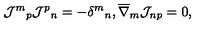
{ \mathcal { J } ^ { m } } _ { p } { \mathcal { J } ^ { p } } _ { n } = - { \delta ^ { m } } _ { n } , \overline { { \nabla } } _ { m } \mathcal { J } _ { n p } = 0 ,